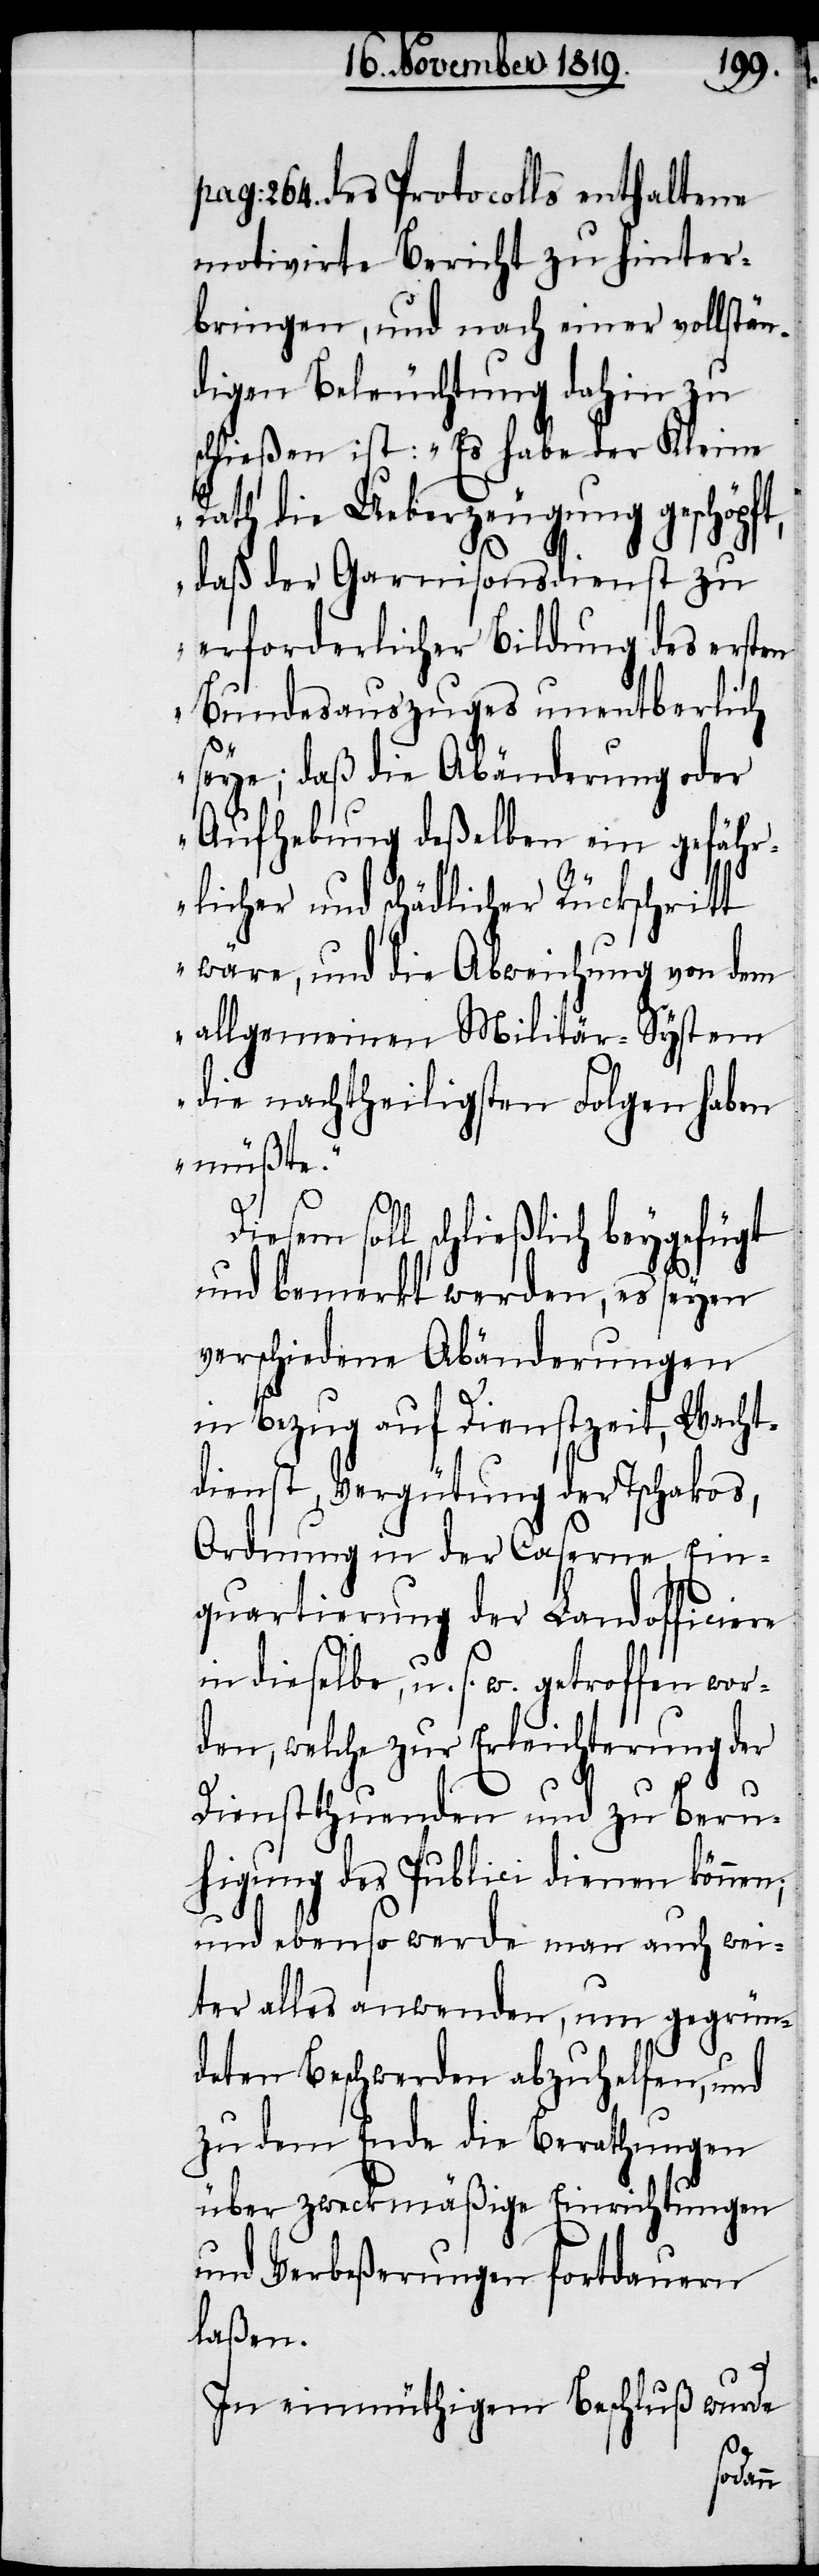
pag: 264. des Protocolls enthaltene
motivirte Bericht zu hinter¬
bringen, und nach einer vollstän¬
digen Beleuchtung dahin zu
schließen ist: „Es habe der Kleine
Rath die Ueberzeugung geschöpft,
daß der Garnisonsdienst zu
erforderlicher Bildung des ersten
Bundesauszuges unentberlich
seye; daß die Abänderung oder
Aufhebung deßelben ein gefähr¬
licher und schädlicher Rückschritt
wäre, und die Abweichung von dem
allgemeinen Militär-System
die nachtheiligsten Folgen haben
müßte.“
Diesem soll schließlich beygefügt
und bemerkt werden, es seyen
verschiedene Abänderungen
in Bezug auf Dienstzeit, Wacht¬
dienst, Vergütung der Tschakos,
Ordnung in der Caserne, Ein¬
quartierung der Landofficiere
in dieselbe, u. s. w. getroffen wor¬
den, welche zur Erleichterung der
Dienstthuenden und zu Beru¬
higung des Publici dienen können;
und ebenso werde man auch wei¬
ter alles anwenden, um gegrün¬
deten Beschwerden abzuhelfen, und
zu dem Ende die Berathungen
über zweckmäßige Einrichtungen
und Verbeßerungen fortdauern
laßen.
In einmüthigem Beschluß wurde